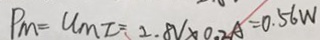
P _ { m } = u _ { m I } = 2 . 8 V \times 0 . 2 A = 0 . 5 6 W